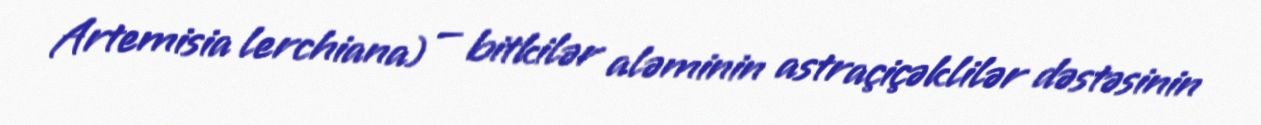
Artemisia lerchiana) — bitkilər aləminin astraçiçəklilər dəstəsinin